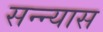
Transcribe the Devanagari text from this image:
सन्न्यास